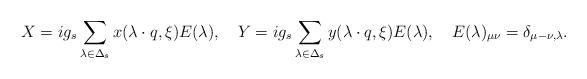
LaTeX: \begin{align*}X=ig_s\sum_{\lambda\in\Delta_s}x(\lambda\cdot q, \xi)E(\lambda),\quad Y=ig_s\sum_{\lambda\in\Delta_s}y(\lambda\cdot q, \xi)E(\lambda),\quad E(\lambda)_{\mu \nu}=\delta_{\mu-\nu,\lambda}. \end{align*}